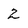
Character: 2